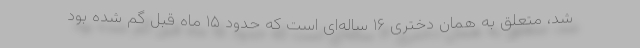
شد، متعلق به همان دختری ۱۶ ساله‌ای است که حدود ۱۵ ماه قبل گم شده بود